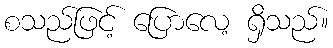
စသည်ဖြင့် ပြောလေ့ ရှိသည်။